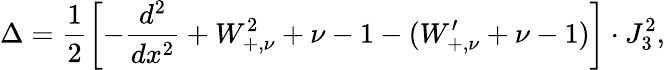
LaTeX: \Delta=\frac{1}{2}\left[-\frac{d^{2}}{dx^{2}}+W_{+,\nu}^{2}+\nu-1-(W_{+,\nu}^{\prime}+\nu-1)\right]\cdot J_{3}^{2},